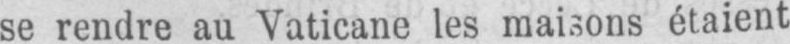
se rendre au Vaticane les maisons étaient